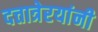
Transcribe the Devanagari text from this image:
दत्तात्रेरयांनी